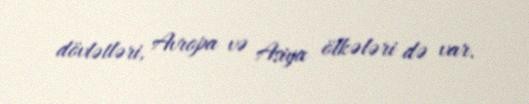
dövlətləri, Avropa və Asiya ölkələri də var.